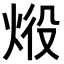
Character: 𤈧